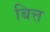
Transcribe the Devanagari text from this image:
बित्त